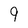
Character: 9